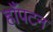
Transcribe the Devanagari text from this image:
हाँपटन